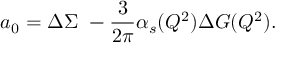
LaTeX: \ a _ { 0 } = \Delta \Sigma \ - \frac { 3 } { 2 \pi } \alpha _ { s } ( Q ^ { 2 } ) \Delta G ( Q ^ { 2 } ) .